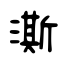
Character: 澌